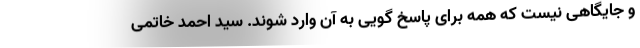
و جایگاهی نیست که همه برای پاسخ گویی به آن وارد شوند. سید احمد خاتمی